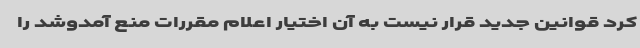
کرد قوانین جدید قرار نیست به آن اختیار اعلام مقررات منع آمدوشد را